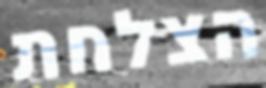
הצלחת